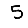
Digit: 5